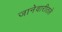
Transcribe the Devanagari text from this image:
जानेवारीतले